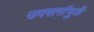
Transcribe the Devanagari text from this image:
उपसर्गामुळें